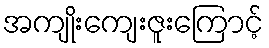
အကျိုးကျေးဇူးကြောင့်